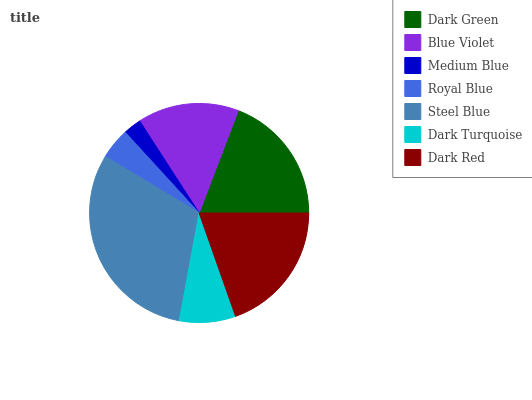
| Dark Green | Blue Violet | Medium Blue | Royal Blue | Steel Blue | Dark Turquoise | Dark Red |
 | --- | --- | --- | --- | --- | --- | --- |
 | 19.3% | 14.9% | 2.67% | 4.57% | 30.7% | 8.29% | 19.6% |